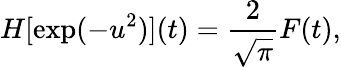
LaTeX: H[\exp(-u^{2})](t)=\frac{2}{\sqrt{\pi}}F(t),